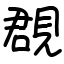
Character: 覠